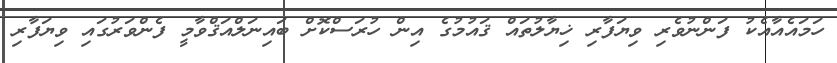
ހަމައެއާއެކު ފަންނުވެރި ވިޔަފާރި ޚިޔާލުތައް ޤައުމުގެ އިން ހުރަސްކޮށް ބައިނަލްއަޤްވާމީ ފެންވަރުގައި ވިޔަފާރި